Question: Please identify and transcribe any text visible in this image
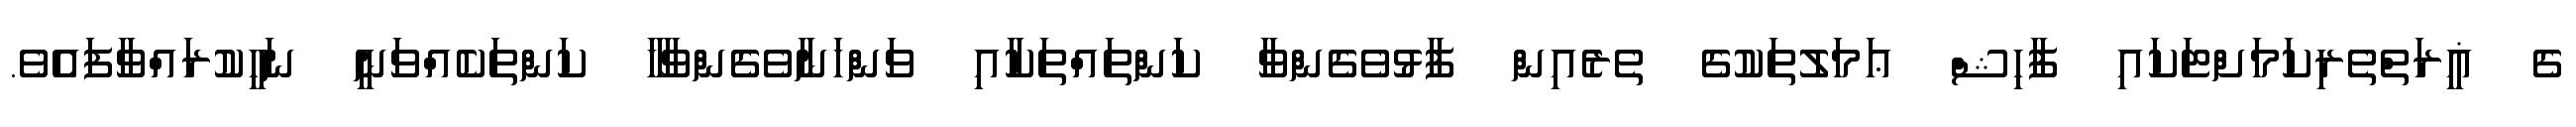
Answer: ގެ ޣީރަތްތެރިކަމަށްޓަކައި ފާޙިޝް ޢަމަލުތަކުގެ ތެރެއިން ފާޅުވެގެންވާ ކަންތައްތަކާއި ވަންހަނާވެގެންވާހާ ކަންތަކެއްވަނީ ނަހީކުރައްވާފައެވެ.